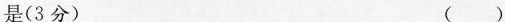
是(3分) ( )